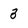
Character: 3